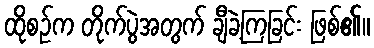
ထိုစဉ်က တိုက်ပွဲအတွက် ချီခဲ့ကြခြင်း ဖြစ်၏။